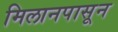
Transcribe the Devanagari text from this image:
मिलानपासून